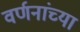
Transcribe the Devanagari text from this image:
वर्णनांच्या